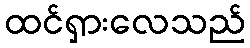
ထင်ရှားလေသည်